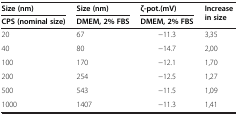
| Size (nm) | Size (nm) | ζ-pot.(mV) | Increase in size |
 | CPS (nominal size) | DMEM, 2% FBS | DMEM, 2% FBS |
 | --- | --- | --- | --- |
 | 20 | 67 | −11.3 | 3,35 |
 | 40 | 80 | −14.7 | 2,00 |
 | 100 | 170 | −12.1 | 1,70 |
 | 200 | 254 | −12.5 | 1,27 |
 | 500 | 543 | −11.5 | 1,09 |
 | 1000 | 1407 | −11.3 | 1,41 |